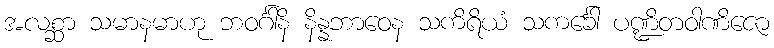
အလစ္ဆာ သမာနမာဟု ဘဝင်္ဂါနိ နိန္နဘာဝေန သကိရိယံ သကင်္ခေါ ပဏ္ဍိတဝါဏိဇော